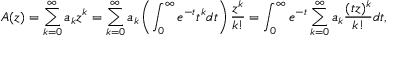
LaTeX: A ( z ) = \sum _ { k = 0 } ^ { \infty } a _ { k } z ^ { k } = \sum _ { k = 0 } ^ { \infty } a _ { k } \left( \int _ { 0 } ^ { \infty } e ^ { - t } t ^ { k } d t \right) \frac { z ^ { k } } { k ! } = \int _ { 0 } ^ { \infty } e ^ { - t } \sum _ { k = 0 } ^ { \infty } a _ { k } \frac { ( t z ) ^ { k } } { k ! } d t ,